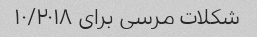
شکلات مرسی برای ۱۰/۲۰۱۸